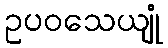
ဥပဝသေယျုံ